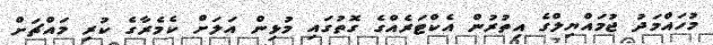
މުހައްމަދު ޖުމައްޔިލްގެ އިތުރުން އެކްޓަރެއްގެ ގޮތުގައި މުޅިން އަލަށް ކެމެރާގެ ކުރި މައްޗަށް